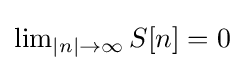
{\textstyle \lim _{|n|\to \infty }S[n]=0}